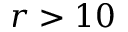
r > 1 0